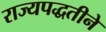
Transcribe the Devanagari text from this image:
राज्यपद्धतीने